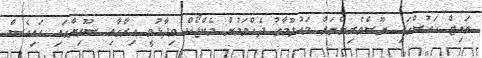
ވައިޓް ހައުސްގައި ނޫސްވެރިންނަށް މައުލޫމާތު ދެއްވަމުން މެކްޖޯކް ވިދާޅުވީ އިރާގާއި ސޫރިޔާގައި އައިއެސް